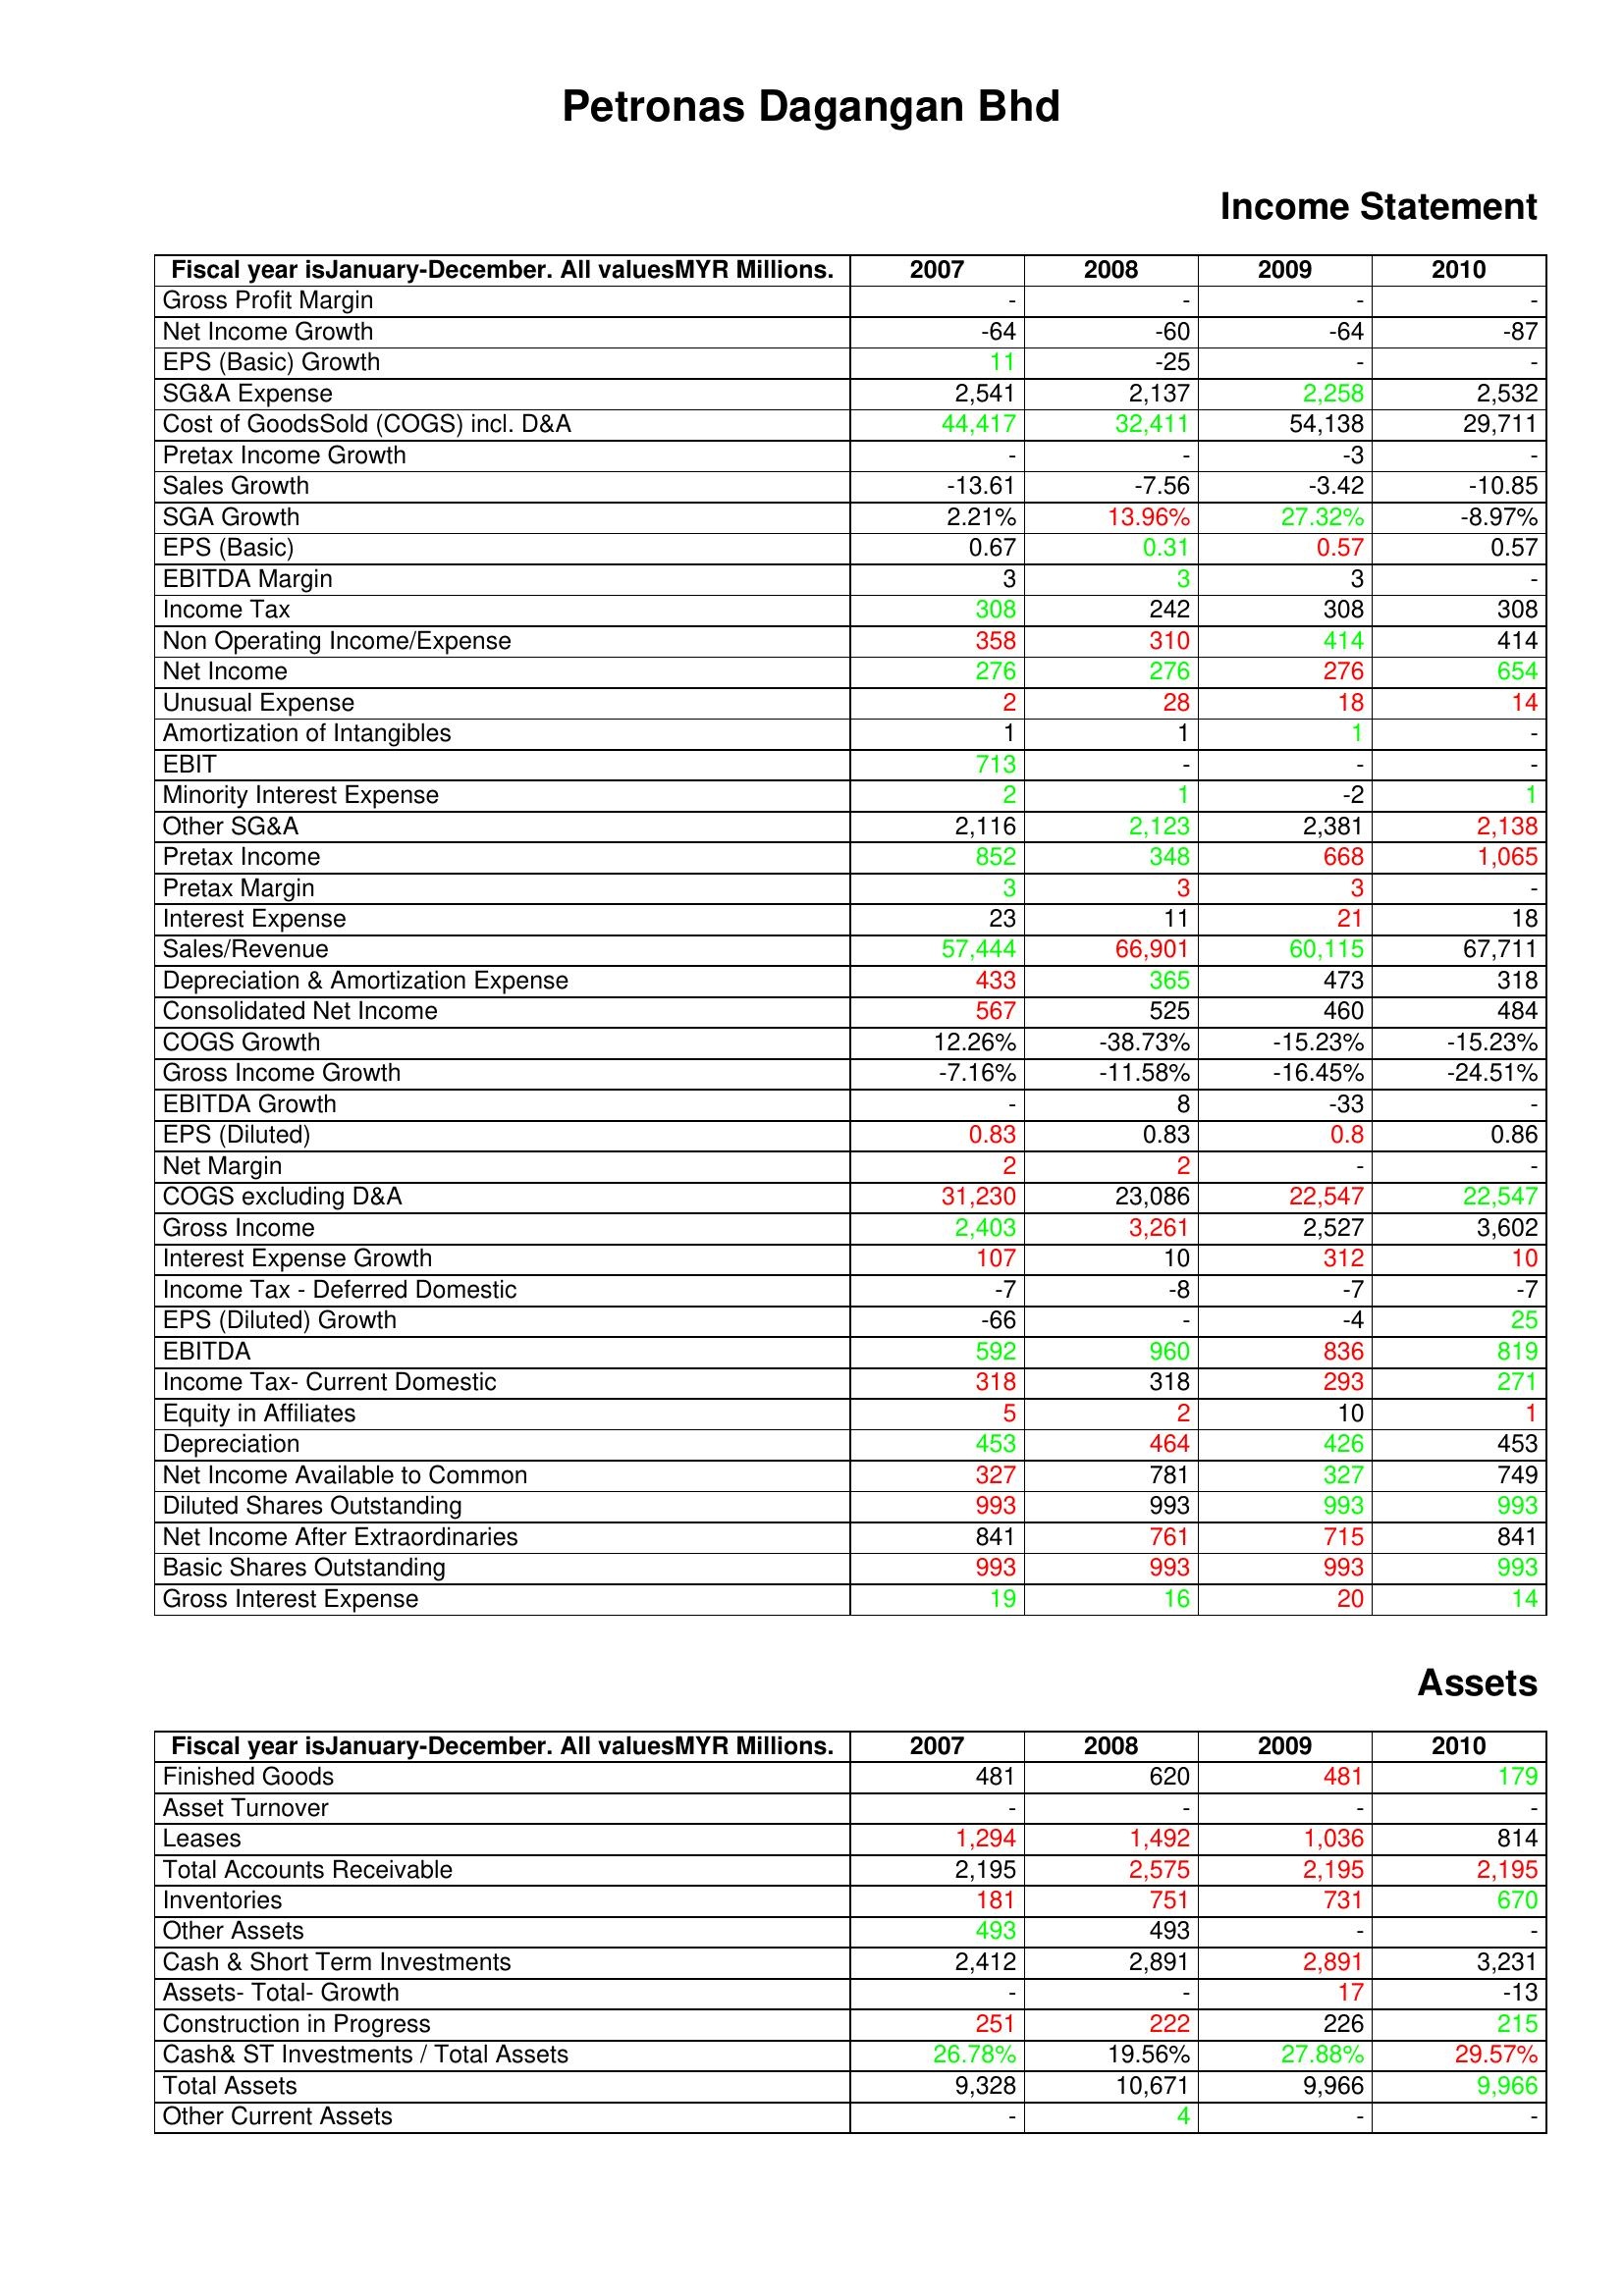
gt_parse: 2007: Income Statement: Gross Profit Margin: -
Net Income Growth: -64
EPS (Basic) Growth: 11
SG&A Expense: 2,541
Cost of GoodsSold (COGS) incl. D&A: 44,417
Pretax Income Growth: -
Sales Growth: -13.61
SGA Growth: 2.21%
EPS (Basic): 0.67
EBITDA Margin: 3
Income Tax: 308
Non Operating Income/Expense: 358
Net Income: 276
Unusual Expense: 2
Amortization of Intangibles: 1
EBIT: 713
Minority Interest Expense: 2
Other SG&A: 2,116
Pretax Income: 852
Pretax Margin: 3
Interest Expense: 23
Sales/Revenue: 57,444
Depreciation & Amortization Expense: 433
Consolidated Net Income: 567
COGS Growth: 12.26%
Gross Income Growth: -7.16%
EBITDA Growth: -
EPS (Diluted): 0.83
Net Margin: 2
COGS excluding D&A: 31,230
Gross Income: 2,403
Interest Expense Growth: 107
Income Tax - Deferred Domestic: -7
EPS (Diluted) Growth: -66
EBITDA: 592
Income Tax- Current Domestic: 318
Equity in Affiliates: 5
Depreciation: 453
Net Income Available to Common: 327
Diluted Shares Outstanding: 993
Net Income After Extraordinaries: 841
Basic Shares Outstanding: 993
Gross Interest Expense: 19
Assets: Finished Goods: 481
Asset Turnover: -
Leases: 1,294
Total Accounts Receivable: 2,195
Inventories: 181
Other Assets: 493
Cash & Short Term Investments: 2,412
Assets- Total- Growth: -
Construction in Progress: 251
Cash& ST Investments / Total Assets: 26.78%
Total Assets: 9,328
Other Current Assets: -
2008: Income Statement: Gross Profit Margin: -
Net Income Growth: -60
EPS (Basic) Growth: -25
SG&A Expense: 2,137
Cost of GoodsSold (COGS) incl. D&A: 32,411
Pretax Income Growth: -
Sales Growth: -7.56
SGA Growth: 13.96%
EPS (Basic): 0.31
EBITDA Margin: 3
Income Tax: 242
Non Operating Income/Expense: 310
Net Income: 276
Unusual Expense: 28
Amortization of Intangibles: 1
EBIT: -
Minority Interest Expense: 1
Other SG&A: 2,123
Pretax Income: 348
Pretax Margin: 3
Interest Expense: 11
Sales/Revenue: 66,901
Depreciation & Amortization Expense: 365
Consolidated Net Income: 525
COGS Growth: -38.73%
Gross Income Growth: -11.58%
EBITDA Growth: 8
EPS (Diluted): 0.83
Net Margin: 2
COGS excluding D&A: 23,086
Gross Income: 3,261
Interest Expense Growth: 10
Income Tax - Deferred Domestic: -8
EPS (Diluted) Growth: -
EBITDA: 960
Income Tax- Current Domestic: 318
Equity in Affiliates: 2
Depreciation: 464
Net Income Available to Common: 781
Diluted Shares Outstanding: 993
Net Income After Extraordinaries: 761
Basic Shares Outstanding: 993
Gross Interest Expense: 16
Assets: Finished Goods: 620
Asset Turnover: -
Leases: 1,492
Total Accounts Receivable: 2,575
Inventories: 751
Other Assets: 493
Cash & Short Term Investments: 2,891
Assets- Total- Growth: -
Construction in Progress: 222
Cash& ST Investments / Total Assets: 19.56%
Total Assets: 10,671
Other Current Assets: 4
2009: Income Statement: Gross Profit Margin: -
Net Income Growth: -64
EPS (Basic) Growth: -
SG&A Expense: 2,258
Cost of GoodsSold (COGS) incl. D&A: 54,138
Pretax Income Growth: -3
Sales Growth: -3.42
SGA Growth: 27.32%
EPS (Basic): 0.57
EBITDA Margin: 3
Income Tax: 308
Non Operating Income/Expense: 414
Net Income: 276
Unusual Expense: 18
Amortization of Intangibles: 1
EBIT: -
Minority Interest Expense: -2
Other SG&A: 2,381
Pretax Income: 668
Pretax Margin: 3
Interest Expense: 21
Sales/Revenue: 60,115
Depreciation & Amortization Expense: 473
Consolidated Net Income: 460
COGS Growth: -15.23%
Gross Income Growth: -16.45%
EBITDA Growth: -33
EPS (Diluted): 0.8
Net Margin: -
COGS excluding D&A: 22,547
Gross Income: 2,527
Interest Expense Growth: 312
Income Tax - Deferred Domestic: -7
EPS (Diluted) Growth: -4
EBITDA: 836
Income Tax- Current Domestic: 293
Equity in Affiliates: 10
Depreciation: 426
Net Income Available to Common: 327
Diluted Shares Outstanding: 993
Net Income After Extraordinaries: 715
Basic Shares Outstanding: 993
Gross Interest Expense: 20
Assets: Finished Goods: 481
Asset Turnover: -
Leases: 1,036
Total Accounts Receivable: 2,195
Inventories: 731
Other Assets: -
Cash & Short Term Investments: 2,891
Assets- Total- Growth: 17
Construction in Progress: 226
Cash& ST Investments / Total Assets: 27.88%
Total Assets: 9,966
Other Current Assets: -
2010: Income Statement: Gross Profit Margin: -
Net Income Growth: -87
EPS (Basic) Growth: -
SG&A Expense: 2,532
Cost of GoodsSold (COGS) incl. D&A: 29,711
Pretax Income Growth: -
Sales Growth: -10.85
SGA Growth: -8.97%
EPS (Basic): 0.57
EBITDA Margin: -
Income Tax: 308
Non Operating Income/Expense: 414
Net Income: 654
Unusual Expense: 14
Amortization of Intangibles: -
EBIT: -
Minority Interest Expense: 1
Other SG&A: 2,138
Pretax Income: 1,065
Pretax Margin: -
Interest Expense: 18
Sales/Revenue: 67,711
Depreciation & Amortization Expense: 318
Consolidated Net Income: 484
COGS Growth: -15.23%
Gross Income Growth: -24.51%
EBITDA Growth: -
EPS (Diluted): 0.86
Net Margin: -
COGS excluding D&A: 22,547
Gross Income: 3,602
Interest Expense Growth: 10
Income Tax - Deferred Domestic: -7
EPS (Diluted) Growth: 25
EBITDA: 819
Income Tax- Current Domestic: 271
Equity in Affiliates: 1
Depreciation: 453
Net Income Available to Common: 749
Diluted Shares Outstanding: 993
Net Income After Extraordinaries: 841
Basic Shares Outstanding: 993
Gross Interest Expense: 14
Assets: Finished Goods: 179
Asset Turnover: -
Leases: 814
Total Accounts Receivable: 2,195
Inventories: 670
Other Assets: -
Cash & Short Term Investments: 3,231
Assets- Total- Growth: -13
Construction in Progress: 215
Cash& ST Investments / Total Assets: 29.57%
Total Assets: 9,966
Other Current Assets: -